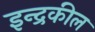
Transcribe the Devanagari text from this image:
इन्द्रकील